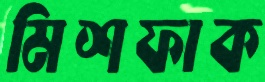
মিশফাক